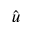
\hat { u }